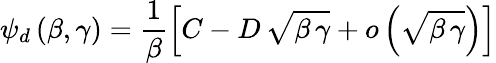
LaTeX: \psi_{d}\, (\beta,\gamma)=\frac{1}{\beta}\left[C-D\, \sqrt{\beta\, \gamma}+o\left(\sqrt{\beta\, \gamma}\right)\right]